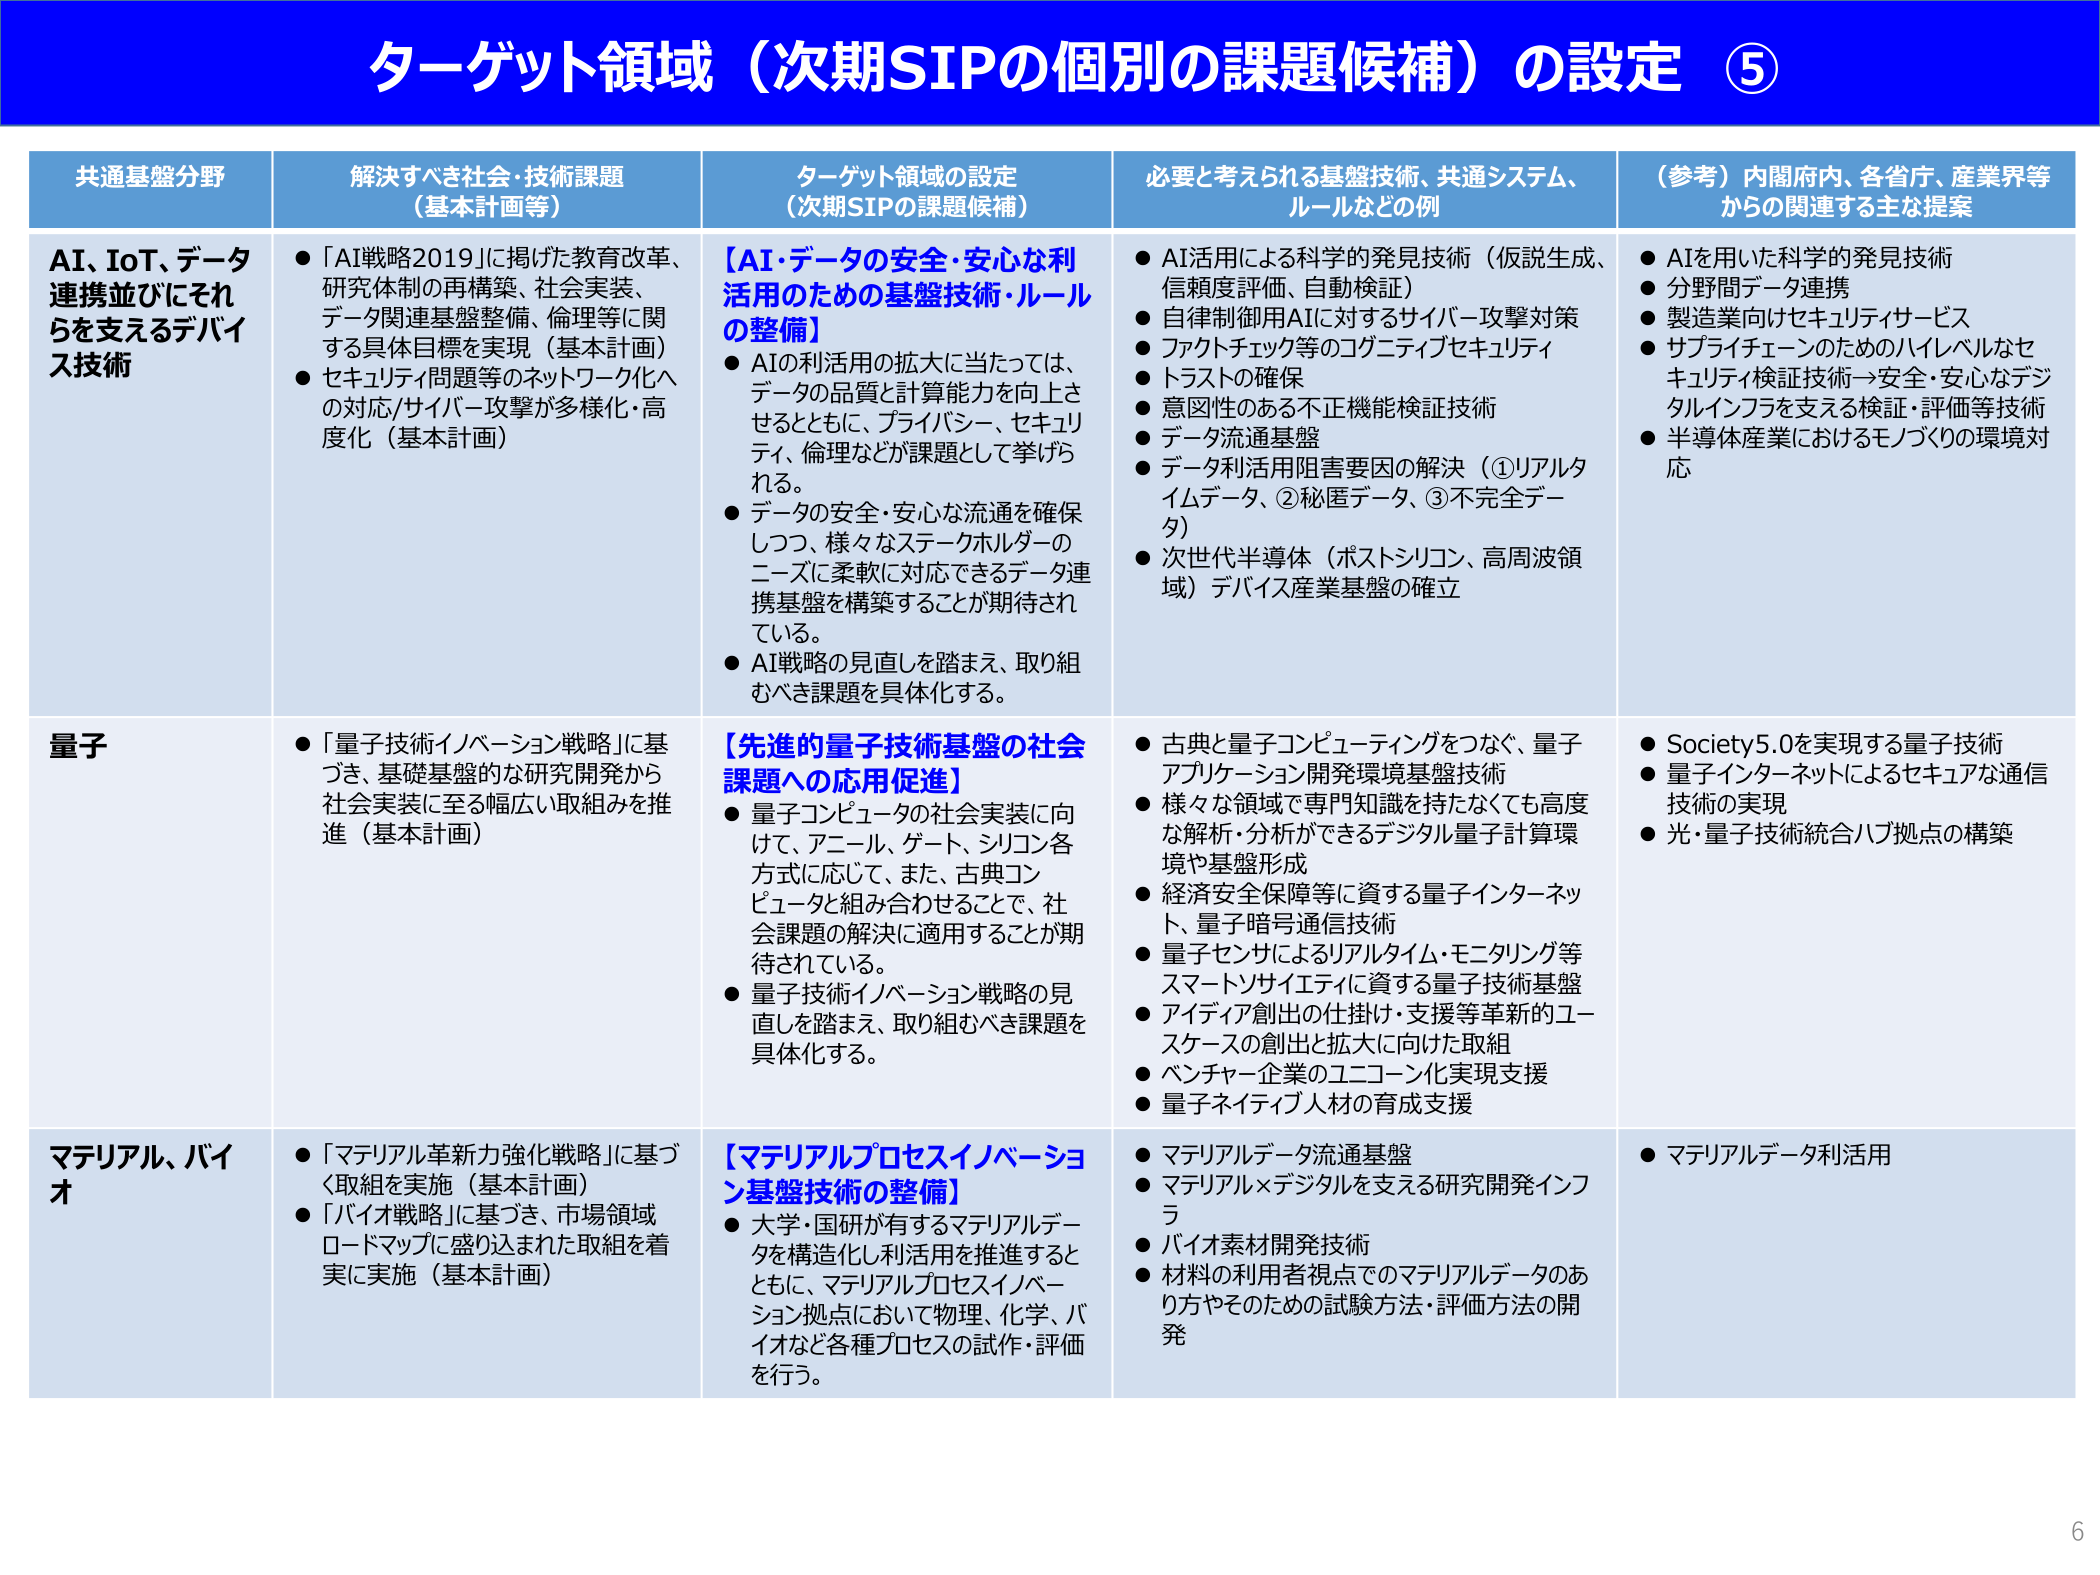
ターゲット領域（次期SIPの個別の課題候補）の設定 ⑤

共通基盤分野 解決すべき社会・技術課題 （基本計画等） ターゲット領域の設定 （次期SIPの課題候補） 必要と考えられる基盤技術、共通システム、 ルールなどの例 （参考）内閣府内、各省庁、産業界等 からの関連する主な提案

AI、IoT、データ 連携並びにそれ らを支えるデバイ ス技術 ●「AI戦略2019」に掲げた教育改革、 研究体制の再構築、社会実装、 データ関連基盤整備、倫理等に関 する具体目標を実現（基本計画） ●セキュリティ問題等のネットワーク化へ の対応/サイバー攻撃が多様化・高 度化（基本計画） 【AI・データの安全・安心な利 活用のための基盤技術・ルール の整備】 ●AIの利活用の拡大に当たっては、 データの品質と計算能力を向上さ せるとともに、プライバシー、セキュリ ティ、倫理などが課題として挙げら れる。 ●データの安全・安心な流通を確保 しつつ、様々なステークホルダーの ニーズに柔軟に対応できるデータ連 携基盤を構築することが期待され ている。 ●AI戦略の見直しを踏まえ、取り組 むべき課題を具体化する。 ●AI活用による科学的発見技術（仮説生成、 信頼度評価、自動検証） ●自律制御用AIに対するサイバー攻撃対策 ●ファクトチェック等のコグニティブセキュリティ ●トラストの確保 ●意図性のある不正機能検証技術 ●データ流通基盤 ●データ利活用阻害要因の解決（①リアルタ イムデータ、②秘匿データ、③不完全デー タ） ●次世代半導体（ポストシリコン、高周波領 域）デバイス産業基盤の確立 ●AIを用いた科学的発見技術 ●分野間データ連携 ●製造業向けセキュリティサービス ●サプライチェーンのためのハイレベルなセ キュリティ検証技術→安全・安心なデジ タルインフラを支える検証・評価等技術 ●半導体産業におけるモノづくりの環境対 応

量子 ●「量子技術イノベーション戦略」に基 づき、基礎基盤的な研究開発から 社会実装に至る幅広い取組みを推 進（基本計画） 【先進的量子技術基盤の社会 課題への応用促進】 ●量子コンピュータの社会実装に向 けて、アニール、ゲート、シリコン各 方式に応じて、また、古典コン ピュータと組み合わせることで、社 会課題の解決に適用することが期 待されている。 ●量子技術イノベーション戦略の見 直しを踏まえ、取り組むべき課題を 具体化する。 ●古典と量子コンピューティングをつなぐ、量子 アプリケーション開発環境基盤技術 ●様々な領域で専門知識を持たなくても高度 な解析・分析ができるデジタル量子計算環 境や基盤形成 ●経済安全保障等に資する量子インターネット、量子暗号通信技術 ●量子センサによるリアルタイム・モニタリング等 スマートソサイエティに資する量子技術基盤 ●アイディア創出の仕掛け・支援等革新的ユー スケースの創出と拡大に向けた取組 ●ベンチャー企業のユニコーン化実現支援 ●量子ネイティブ人材の育成支援 ●Society5.0を実現する量子技術 ●量子インターネットによるセキュアな通信 技術の実現 ●光・量子技術統合ハブ拠点の構築

マテリアル、バイ オ ●「マテリアル革新力強化戦略」に基づ く取組を実施（基本計画） ●「バイオ戦略」に基づき、市場領域 ロードマップに盛り込まれた取組を着 実に実施（基本計画） 【マテリアルプロセスイノベーショ ン基盤技術の整備】 ●大学・国研が有するマテリアルデー タを構造化し利活用を推進すると ともに、マテリアルプロセスイノベー ション拠点において物理、化学、バ イオなど各種プロセスの試作・評価 を行う。 ●マテリアルデータ流通基盤 ●マテリアル×デジタルを支える研究開発インフ ラ ●バイオ素材開発技術 ●材料の利用者視点でのマテリアルデータのあ り方やそのための試験方法・評価方法の開 発 ●マテリアルデータ利活用

6